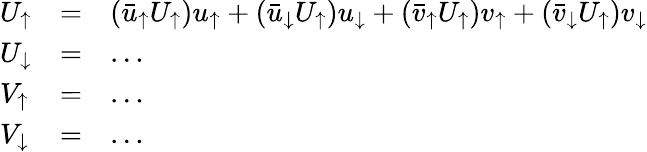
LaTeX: \begin{array}{llll}{{U_{\uparrow}}}&{{=}}&{{({\bar{u}_{\uparrow}}U_{\uparrow})u_{\uparrow}+({\bar{u}_{\downarrow}}U_{\uparrow})u_{\downarrow}+({\bar{v}_{\uparrow}}U_{\uparrow})v_{\uparrow}+({\bar{v}_{\downarrow}}U_{\uparrow})v_{\downarrow}}}\\ {{U_{\downarrow}}}&{{=}}&{{\ldots}}\\ {{V_{\uparrow}}}&{{=}}&{{\ldots}}\\ {{V_{\downarrow}}}&{{=}}&{{\ldots}}\end{array}